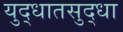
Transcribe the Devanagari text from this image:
युद्धातसुद्धा